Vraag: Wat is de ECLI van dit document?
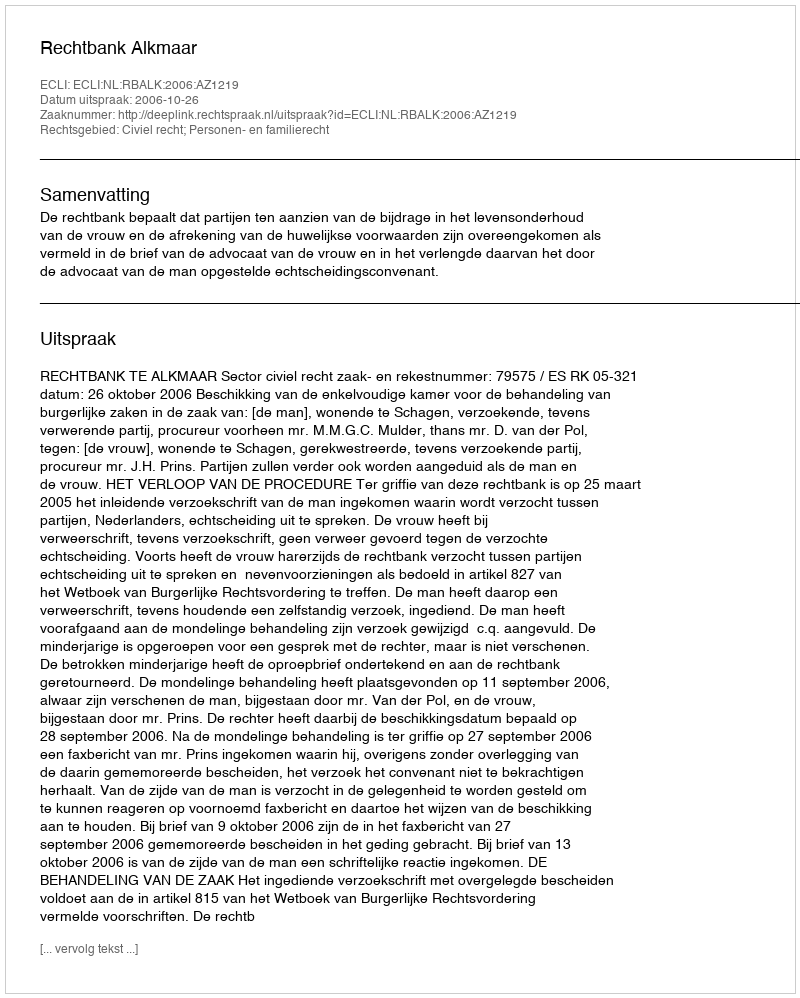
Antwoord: ECLI:NL:RBALK:2006:AZ1219